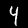
Digit: 4